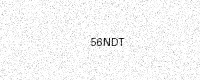
Text: 56NDT